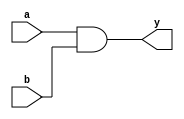
module andgate (a, b, y);
  input a, b;
  output y;
    assign y = a & b;
endmodule